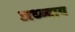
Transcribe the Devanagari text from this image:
अध्य्याय